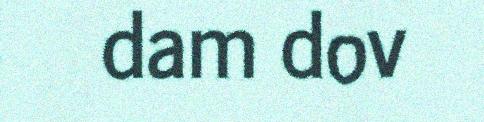
dam dov